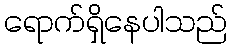
ရောက်ရှိနေပါသည်